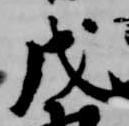
戊